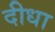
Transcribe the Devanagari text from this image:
दीधा